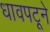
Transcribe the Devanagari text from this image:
धावपटूने